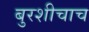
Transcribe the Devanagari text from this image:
बुरशीचाच